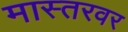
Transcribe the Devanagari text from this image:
मास्तरवर